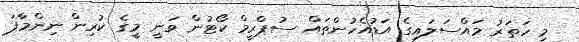
މި ހަތަރު މައްސަލައިގެ އަޑުއެހުންތައް ސުޕްރީމް ކޯޓުން ވަނީ މީގެ ކުރިން ނިންމާފަ